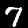
Digit: 7